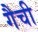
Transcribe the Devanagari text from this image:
गैची